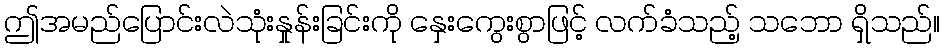
ဤအမည်ပြောင်းလဲသုံးနှုန်းခြင်းကို နှေးကွေးစွာဖြင့် လက်ခံသည့် သဘော ရှိသည်။